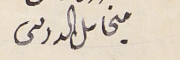
ميخاىل الدرىىى